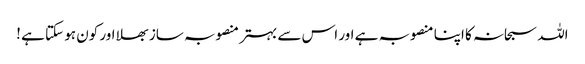
اللہ سبحانہ کا اپنا منصوبہ ہے اور اس سے بہتر منصوبہ ساز بھلا اور کون ہو سکتا ہے !